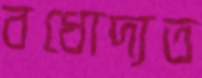
বধোদ্যত